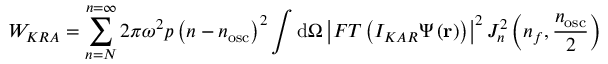
W _ { K R A } = \sum _ { n = N } ^ { n = \infty } 2 \pi \omega ^ { 2 } p \left( n - n _ { \mathrm { o s c } } \right) ^ { 2 } \int \mathrm { d } \Omega \left| F T \left( I _ { K A R } \Psi \left( \mathbf { r } \right) \right) \right| ^ { 2 } J _ { n } ^ { 2 } \left( n _ { f } , { \frac { n _ { \mathrm { o s c } } } { 2 } } \right)